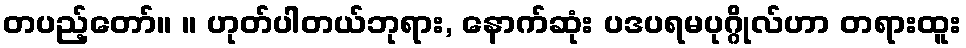
တပည့်တော်။ ။ ဟုတ်ပါတယ်ဘုရား, နောက်ဆုံး ပဒပရမပုဂ္ဂိုလ်ဟာ တရားထူး